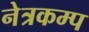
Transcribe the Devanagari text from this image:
नेत्रकम्प